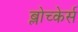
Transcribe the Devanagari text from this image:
ब्लोच्केर्स